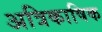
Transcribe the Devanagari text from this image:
अत्रिकाषिक